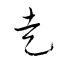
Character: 走